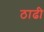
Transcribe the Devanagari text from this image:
ठाढी